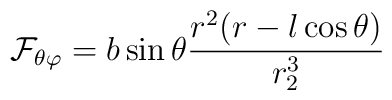
{\cal F}_{\theta\varphi} = b\sin\theta{r^2(r-l\cos\theta)\over r_2^3}